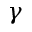
\gamma